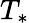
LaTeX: T_{*}